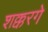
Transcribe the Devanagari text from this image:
शक्करगे